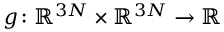
g \colon \ensuremath { \mathbb { R } } ^ { 3 N } \times \ensuremath { \mathbb { R } } ^ { 3 N } \to \ensuremath { \mathbb { R } }